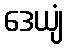
ဒေယျံ